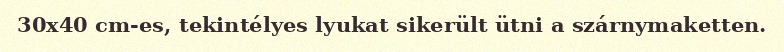
30x40 cm-es, tekintélyes lyukat sikerült ütni a szárnymaketten.